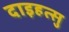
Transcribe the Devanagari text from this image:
दाइहत्सु